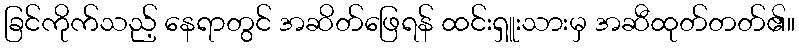
ခြင်ကိုက်သည့် နေရာတွင် အဆိတ်ဖြေရန် ထင်းရှူးသားမှ အဆီထုတ်တတ်၏။